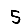
Digit: 5